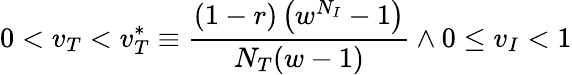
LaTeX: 0<v_{T}<v_{T}^{*}\equiv\frac{(1-r)\left(w^{N_{I}}-1\right)}{N_{T}(w-1)}\land 0\le v_{I}<1